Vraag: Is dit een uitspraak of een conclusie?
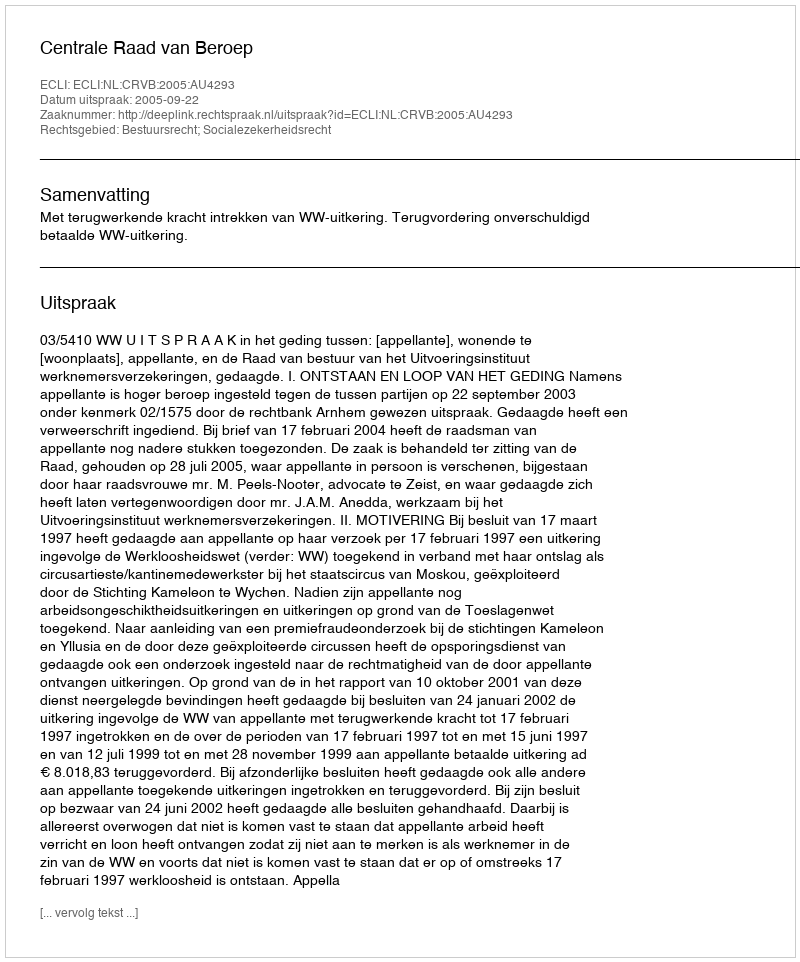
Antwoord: Uitspraak